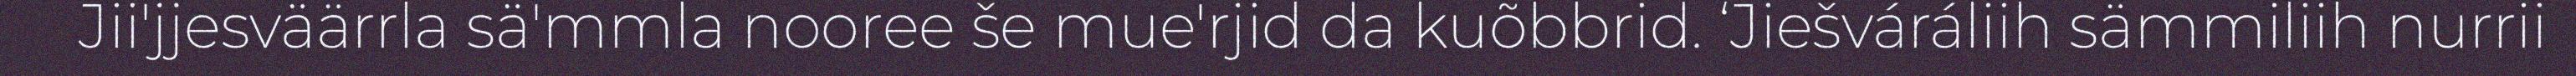
Jii'jjesväärrla sä'mmla nooree še mue'rjid da kuõbbrid. ‘Jiešváráliih sämmiliih nurrii